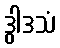
ဒွါဒသံ